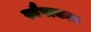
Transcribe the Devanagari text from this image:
स्वैपाकात